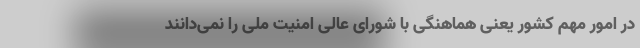
در امور مهم کشور یعنی هماهنگی با شورای عالی امنیت ملی را نمی‌دانند